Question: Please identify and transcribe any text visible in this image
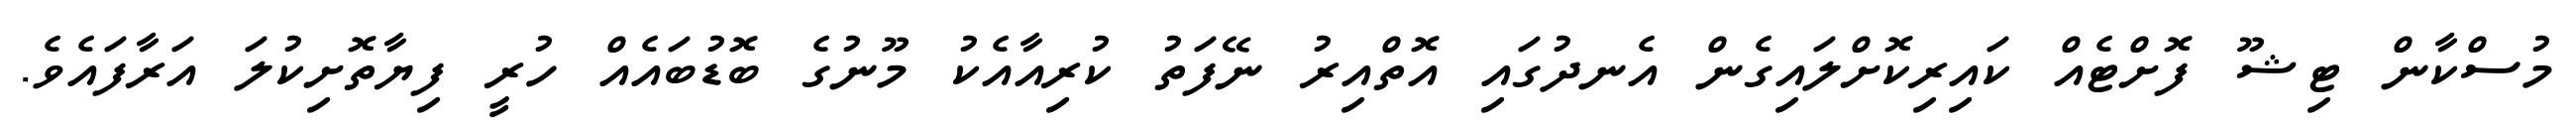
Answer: މުސްކާން ޓިޝޫ ފޮށްޓެއް ކައިރިކޮށްލައިގެން އެނދުގައި އޮތްއިރު ނޭފަތު ކުރިއާއެކު މޫނުގެ ބޮޑުބައެއް ހުރީ ފިޔާތޮށިކުލަ އަރާފައެވެ.